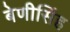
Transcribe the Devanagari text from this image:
बेणीसिंह